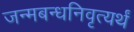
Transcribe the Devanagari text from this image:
जन्मबन्धनिवृत्यर्थं